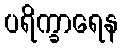
ပရိက္ခာရေန